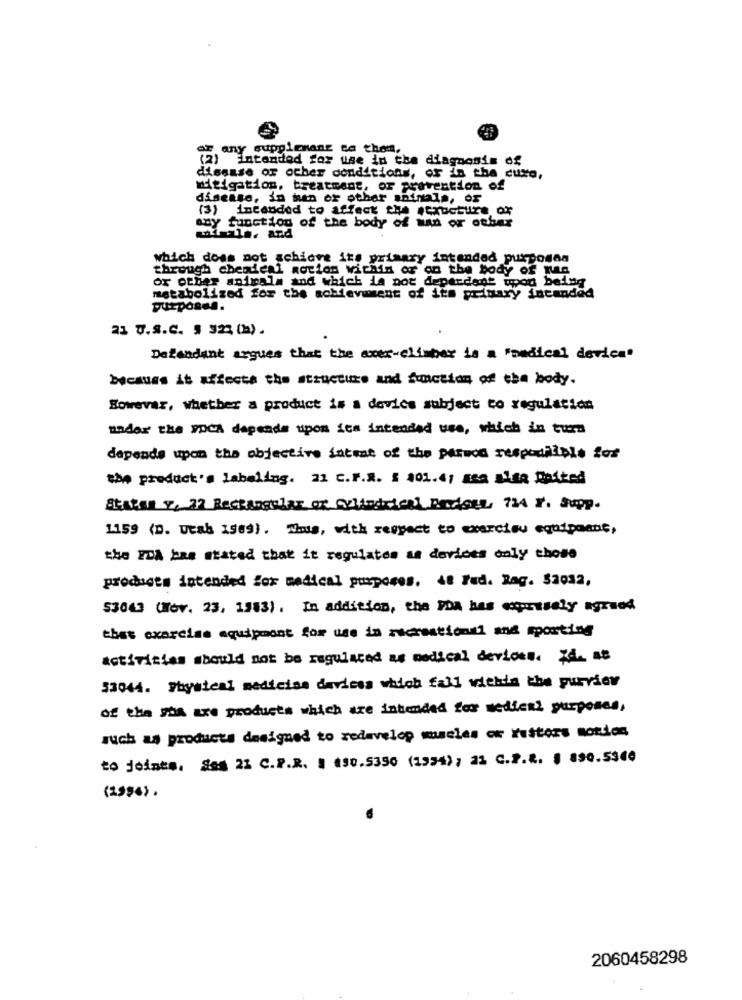
er, any supplement to them,
(2) Intended for use in the diagnosis of
disease of other conditions, or in the cuxo,
mitigation, treatment, or prevention of
disease, in tan or other animals, or
(3) intended to affect the structure of
any function of the body of wan or other
which does not achiore its primary intended purposen
through chendeal motion within or on the body of qua
or other animals and which is not dependent upon being
metabolized for the achievement of its primary intended
purposes.
21 U.S.C. 5 323 (a) .
Defendant argues that the exer-climber is a "medical device"
becaues it affects the structure and function of the body.
Sowevar, whether a product is a dovics subject to regulation
under the VOCA depends upon ica intended use, which in turn
depends upon the objective intrat of the paruod respodalble fos
the product's labeling. 21 C.F.R. 5 101.4; asa alta Baited
Staten v, 27 Rectangular or cylindrical PadGEL, 724 V. Supp.
1159 (D. Dtak 1569). Was, with respect to exercise equipoauf,
the IDA bas stated that it regulates as devices only those
products intended for medical purposes. 4t Fud. Reg. $2032,
53043 (Nov. 23, 1983). In addition, the PDA has exquisely agreed
this exercise equipment for use in recreational and sporting
activities should not be regulaced as medical devices. Xi. as
53044. Physical medicine devices which fall within the purview
of the sha are products which are intended for medical purposes,
such as products designed to redevelop macles or resters notlos
to jointe. Ses 23 C.P.R. : $50.5350 (1994); 21 C.F.R. , 890.5360
(2956) .
2060458298